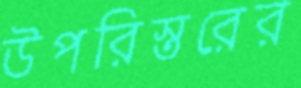
উপরিস্তরের